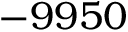
- 9 9 5 0